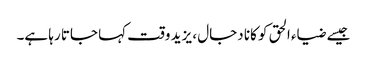
جیسے ضیاء الحق کو کانا دجال ، یزید وقت کہا جاتا رہا ہے۔